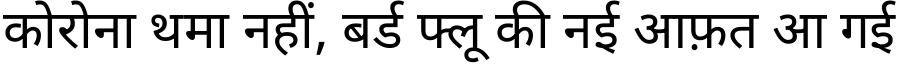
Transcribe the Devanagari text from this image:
कोरोना थमा नहीं, बर्ड फ्लू की नई आफ़त आ गई